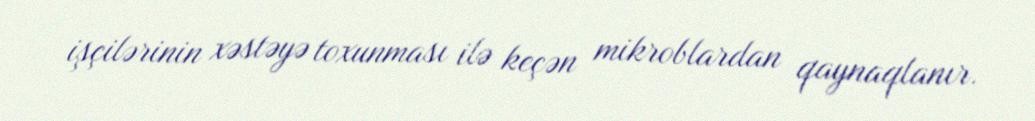
işçilərinin xəstəyə toxunması ilə keçən mikroblardan qaynaqlanır.